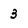
Character: 3